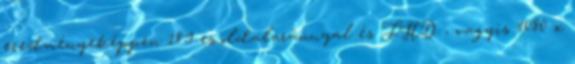
eredményeképpen 18:9-es oldalaránnyal és FHD , vagyis 1080 x